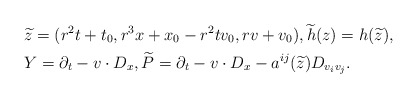
\begin{align*} &\widetilde z = (r^2 t + t_0, r^3 x + x_0 - r^2 t v_0, r v + v_0),\widetilde h (z) = h (\widetilde z),\\ & Y = \partial_t - v \cdot D_x, \widetilde P = \partial_t - v \cdot D_x - a^{ij} (\widetilde z) D_{ v_i v_j }.\end{align*}